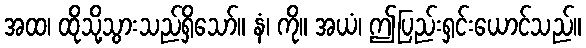
အထ၊ ထိုသို့သွားသည်ရှိသော်။ နံ၊ ကို။ အယံ၊ ဤပြည်းရှင်းယောင်သည်။